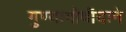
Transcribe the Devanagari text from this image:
गुण्यागोवींदाने